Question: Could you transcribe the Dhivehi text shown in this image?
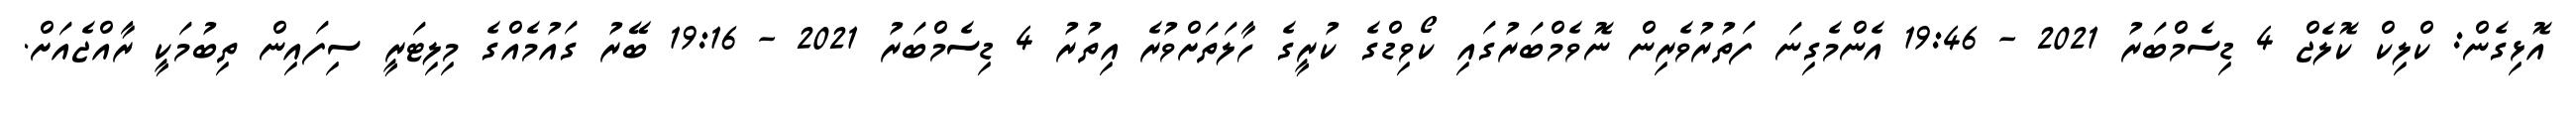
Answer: އޮޅިގެން: ކްލިކް ކޮލެޖް 4 ޑިސެމްބަރު 2021 - 19:46 އެންމެގިނަ ފަތުރުވެރިން ނޮވެމްބަރުގައި ކޯވިޑްގެ ކުރީގެ ހާލަތަށްވުރެ އިތުރު 4 ޑިސެމްބަރު 2021 - 19:16 ބޭރު ގައުމެއްގެ މިލިޓަރީ ސިފައިން ތިބުމަކީ ރާއްޖެއަށް.